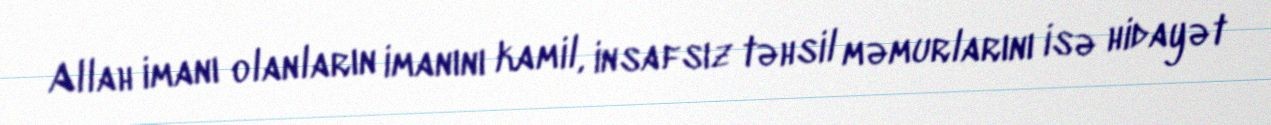
Allah imanı olanların imanını kamil, insafsız təhsil məmurlarını isə hidayət